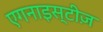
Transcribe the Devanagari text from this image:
एगनाइस्टीज़